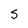
Character: 5